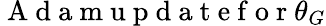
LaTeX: \mathrm{~A~d~a~m~u~p~d~a~t~e~f~o~r~}\theta_{G}